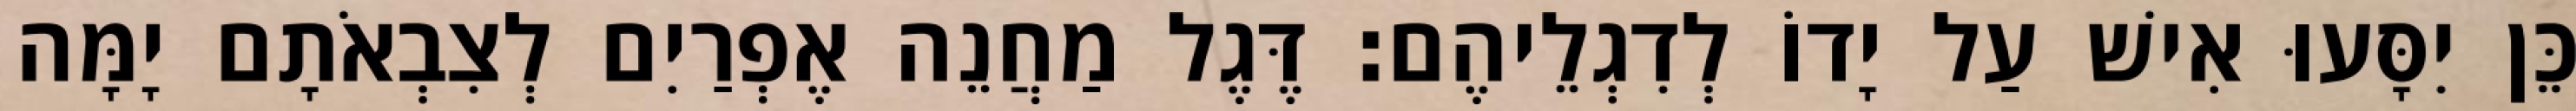
כֵּן יִסָּעוּ אִישׁ עַל יָדוֹ לְדִגְלֵיהֶם׃ דֶּגֶל מַחֲנֵה אֶפְרַיִם לְצִבְאֹתָם יָמָּה